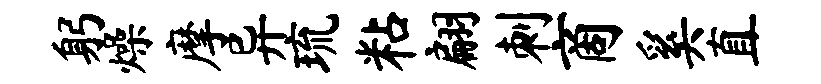
躬燥摩异琉粘翩刺商奚直